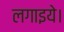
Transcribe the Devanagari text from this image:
लगाइये।